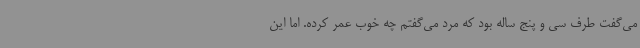
می‌گفت طرف سی و پنج ساله بود که مرد می‌گفتم چه خوب عمر کرده. اما این